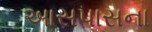
આસપાસના